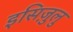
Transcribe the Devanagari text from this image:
इसिज़ुलु